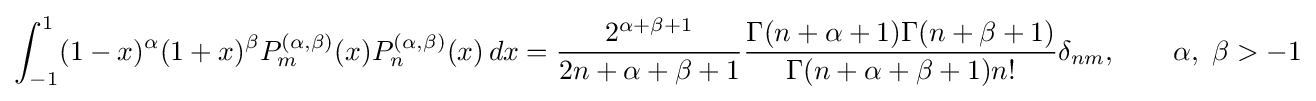
\int _{-1}^{1}(1-x)^{\alpha }(1+x)^{\beta }P_{m}^{(\alpha ,\beta )}(x)P_{n}^{(\alpha ,\beta )}(x)\,dx={\frac {2^{\alpha +\beta +1}}{2n+\alpha +\beta +1}}{\frac {\Gamma (n+\alpha +1)\Gamma (n+\beta +1)}{\Gamma (n+\alpha +\beta +1)n!}}\delta _{nm},\qquad \alpha ,\ \beta >-1